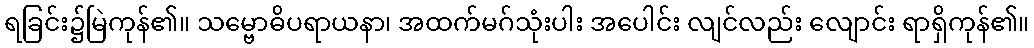
ရခြင်း၌မြဲကုန်၏။ သမ္ဗောဓိပရာယနာ၊ အထက်မဂ်သုံးပါး အပေါင်း လျင်လည်း လျောင်း ရာရှိကုန်၏။